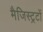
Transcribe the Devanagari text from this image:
मैजिस्ट्रटों